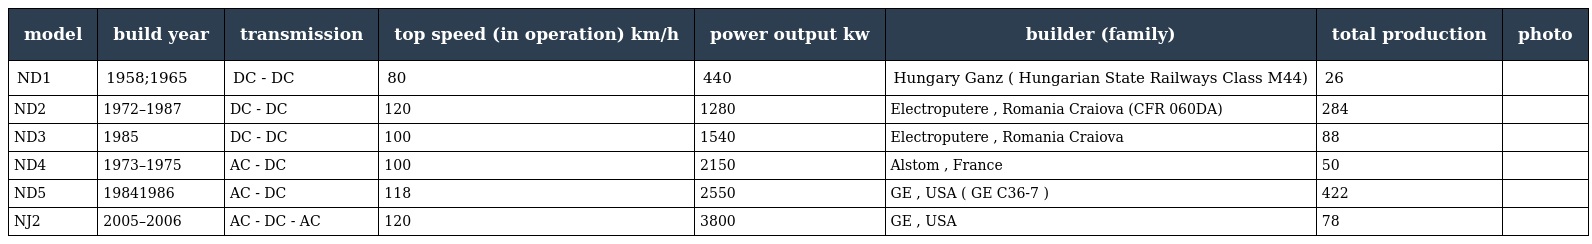
| model | build year | transmission | top speed (in operation) （km/h） | power output （kw） | builder (family) | total production | photo |
 | --- | --- | --- | --- | --- | --- | --- | --- |
 | ND1 | 1958;1965 | DC - DC | 80 | 440 | Hungary Ganz ( Hungarian State Railways Class M44) | 26 |  |
 | ND2 | 1972–1987 | DC - DC | 120 | 1280 | Electroputere , Romania Craiova (CFR 060DA) | 284 |  |
 | ND3 | 1985 | DC - DC | 100 | 1540 | Electroputere , Romania Craiova | 88 |  |
 | ND4 | 1973–1975 | AC - DC | 100 | 2150 | Alstom , France | 50 |  |
 | ND5 | 1984－1986 | AC - DC | 118 | 2550 | GE , USA ( GE C36-7 ) | 422 |  |
 | NJ2 | 2005–2006 | AC - DC - AC | 120 | 3800 | GE , USA | 78 |  |